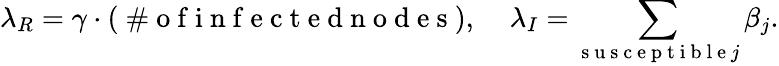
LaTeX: \lambda_{R}=\gamma\cdot(\mathrm{~\# ~o~f~i~n~f~e~c~t~e~d~n~o~d~e~s~}),\; \; \; \; \lambda_{I}=\sum_{\mathrm{~s~u~s~c~e~p~t~i~b~l~e~}j}\beta_{j}.